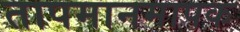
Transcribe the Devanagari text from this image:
तापमानमापक